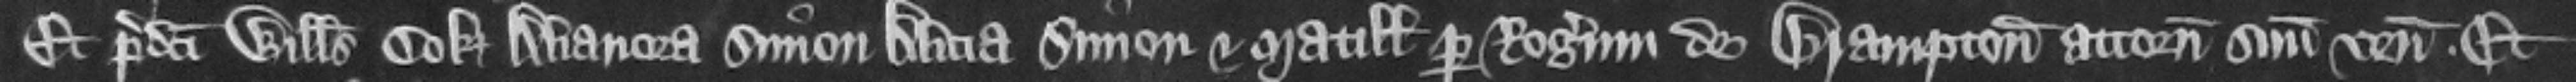
Et predicti Willelmus Cok Alianora Simon Alicia Simon et Matillis per Rogerum de Brampton attornatum suum veniunt et